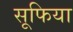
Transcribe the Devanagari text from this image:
सूफिया